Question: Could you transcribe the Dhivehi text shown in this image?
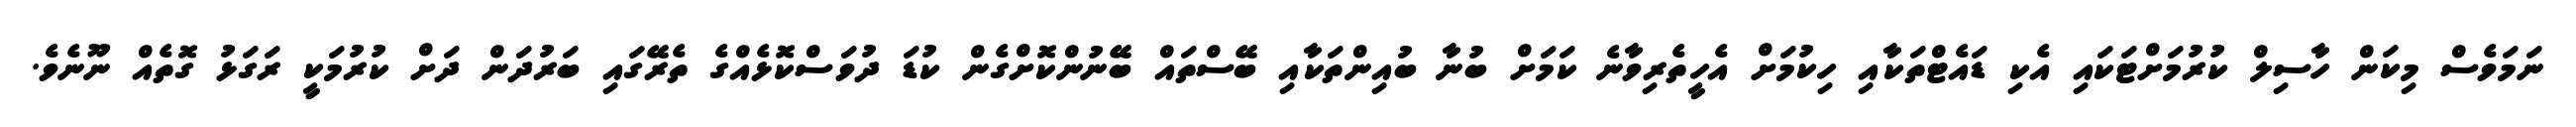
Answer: ނަމަވެސް މިކަން ހާސިލް ކުރުމަށްޓަކައި އެކި ޑައެޓްތަކާއި ހިކުމަށް އެހީތެރިވާނެ ކަމަށް ބުނާ ބުއިންތަކާއި ބޭސްތައް ބޭނުންކޮށްގެން ކުޑަ ދުވަސްކޮޅެއްގެ ތެރޭގައި ބަރުދަން ދަށް ކުރުމަކީ ރަގަޅު ގޮތެއް ނޫނެވެ.